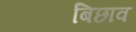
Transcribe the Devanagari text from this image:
बिछाव